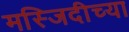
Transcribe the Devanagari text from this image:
मस्जिदीच्या